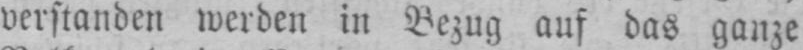
verstanden werden in Bezug auf das ganze